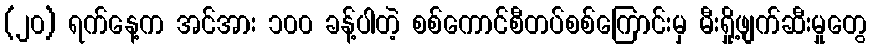
(၂၀) ရက်နေ့က အင်အား ၁၀၀ ခန့်ပါတဲ့ စစ်ကောင်စီတပ်စစ်ကြောင်းမှ မီးရှို့ဖျက်ဆီးမှုတွေ